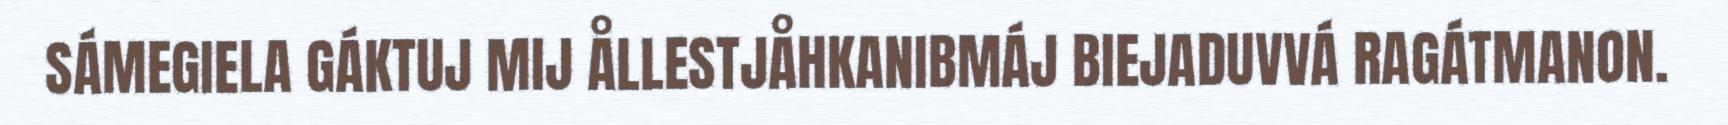
SÁMEGIELA GÁKTUJ MIJ ÅLLESTJÅHKANIBMÁJ BIEJADUVVÁ RAGÁTMANON.